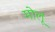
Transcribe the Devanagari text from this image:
मोलू